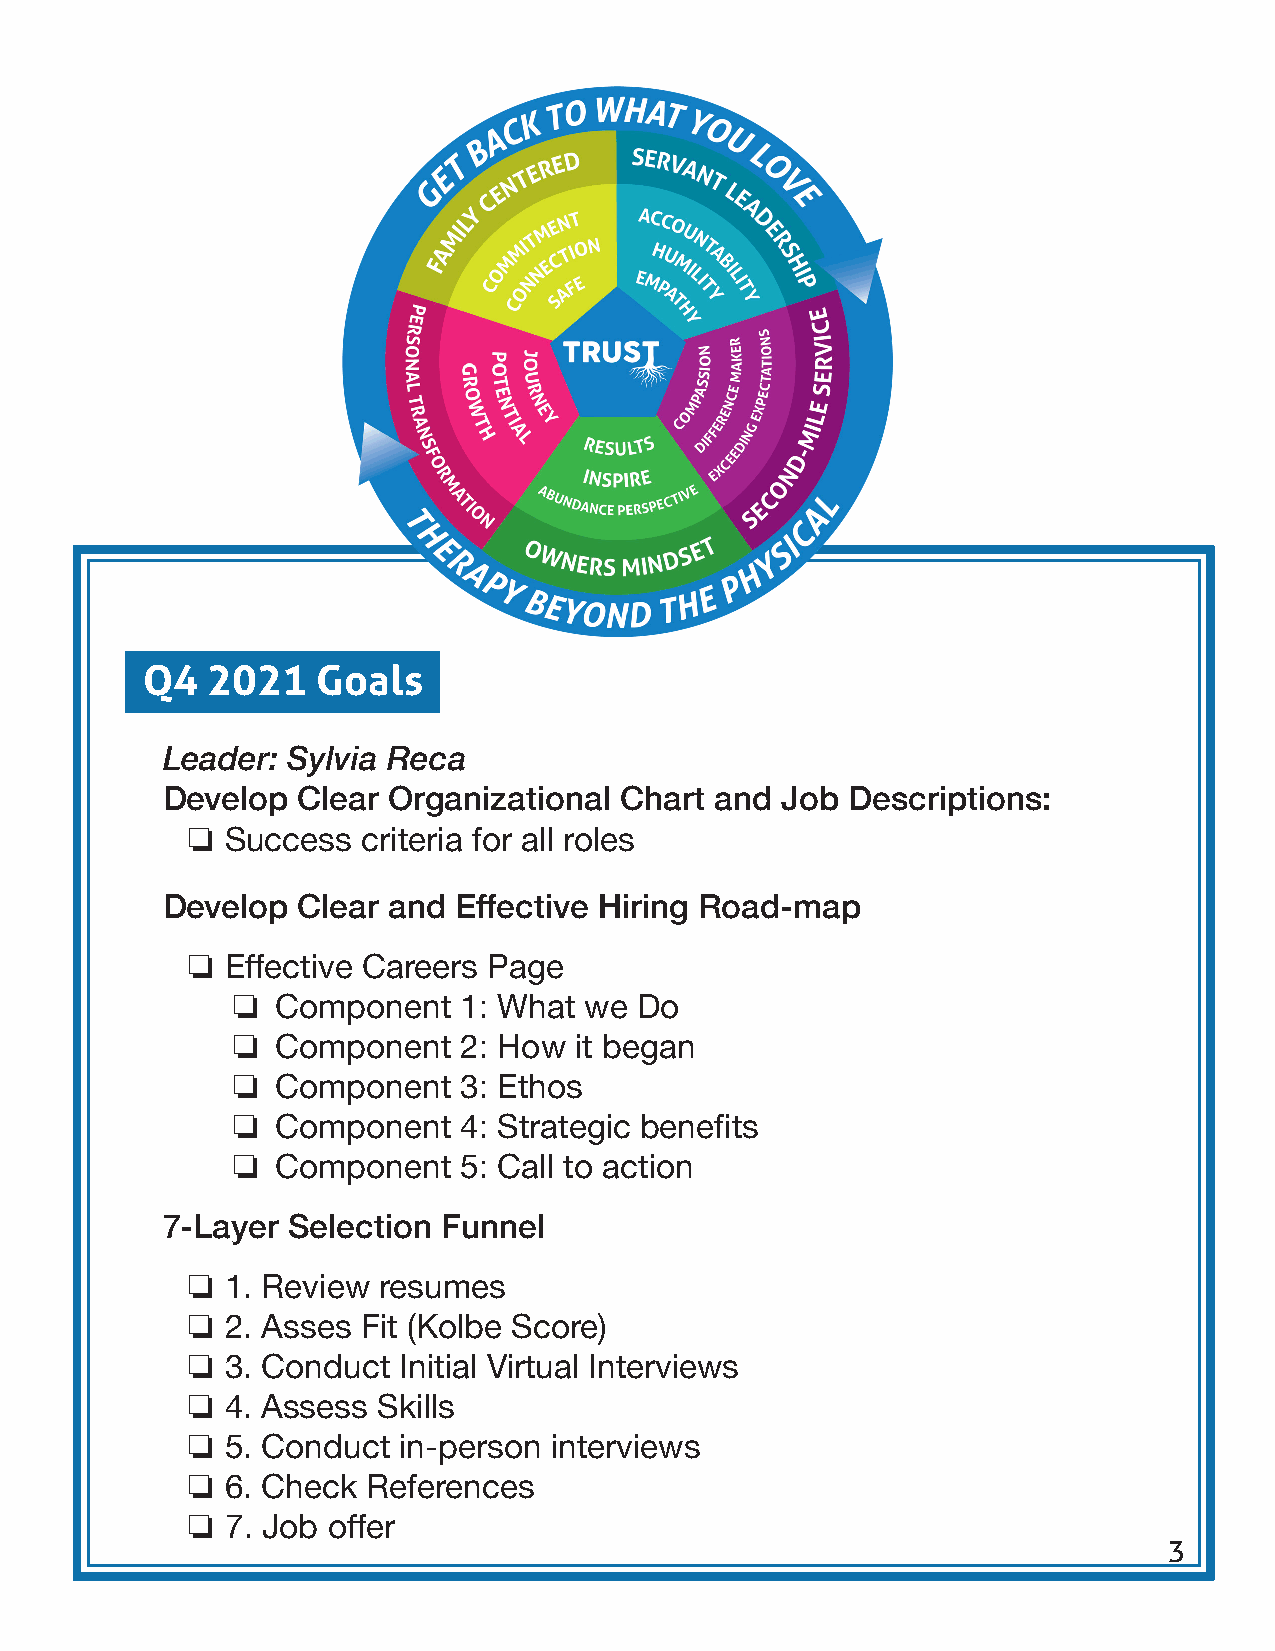
Q4   2021   Goals
 Leader: Sylvia Reca
 Develop  Clear Organizational Chart and  Job Descriptions:
 ❏
 Success  criteria for all roles
 Develop  Clear and Effective Hiring Road-map
 ❏
 Effective Careers Page
 ❏
 Component   1: What  we Do
 ❏
 Component   2: How  it began
 ❏
 Component   3: Ethos
 ❏
 Component   4: Strategic benefits
 ❏
 Component   5: Call to action
 7-Layer Selection Funnel
 ❏
 1. Review resumes
 ❏
 2. Asses Fit (Kolbe Score)
 ❏
 3. Conduct Initial Virtual Interviews
 ❏
 4. Assess Skills
 ❏
 5. Conduct in-person interviews
 ❏
 6. Check References
 ❏
 7. Job offer
 3